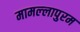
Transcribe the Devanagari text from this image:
मामल्‍लापुरम